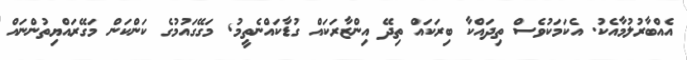
އެއްބާރުލުމާއެކު. އެކަމަކުވެސް ތިދައްކާ ބިރަކައް ތިދޭ އިންޒާރަކައް ގުޑާކައްނެތީމު